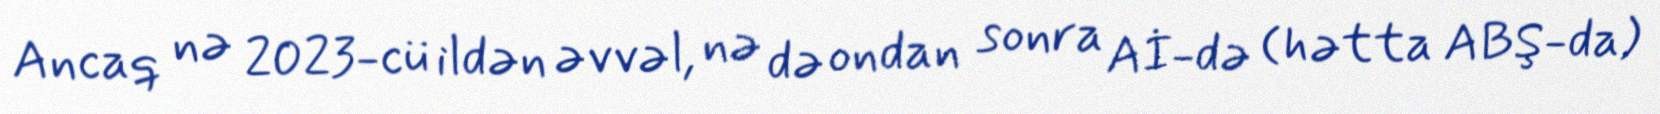
Ancaq nə 2023-cü ildən əvvəl, nə də ondan sonra Aİ-də (hətta ABŞ-da)